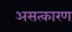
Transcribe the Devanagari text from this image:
असत्कारण